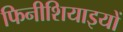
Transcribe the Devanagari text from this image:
फिनीशियाइयों